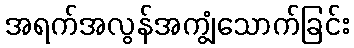
အရက်အလွန်အကျွံသောက်ခြင်း